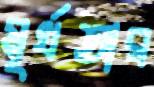
মূর্খতার